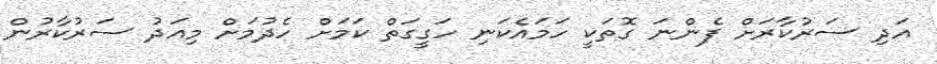
އަދި ސަރުކާރަށް ފެންނަ ގޮތަކީ ހަމައެކަނި ހަގީގަތް ކަމަށް ހެދުމަށް މިއަދު ސަރުކާރުން